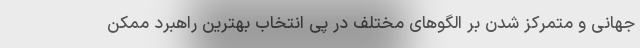
جهانی و متمرکز شدن بر الگوهای مختلف در پی انتخاب بهترین راهبرد ممکن